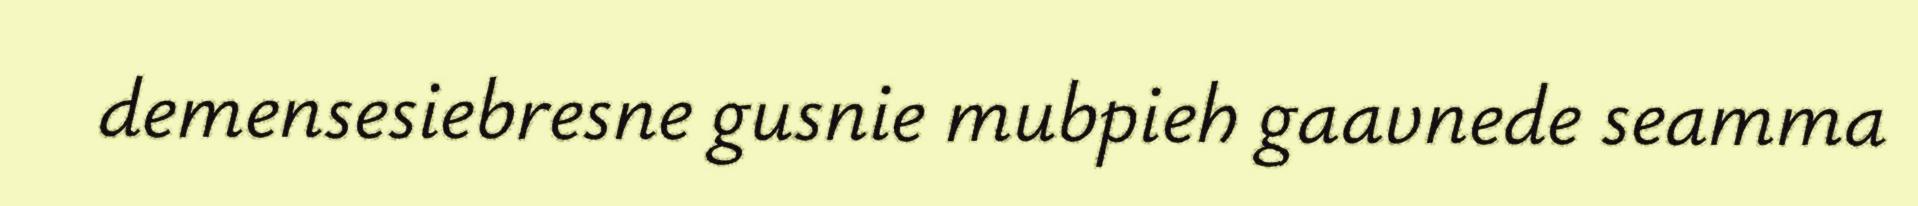
demensesiebresne gusnie mubpieh gaavnede seamma